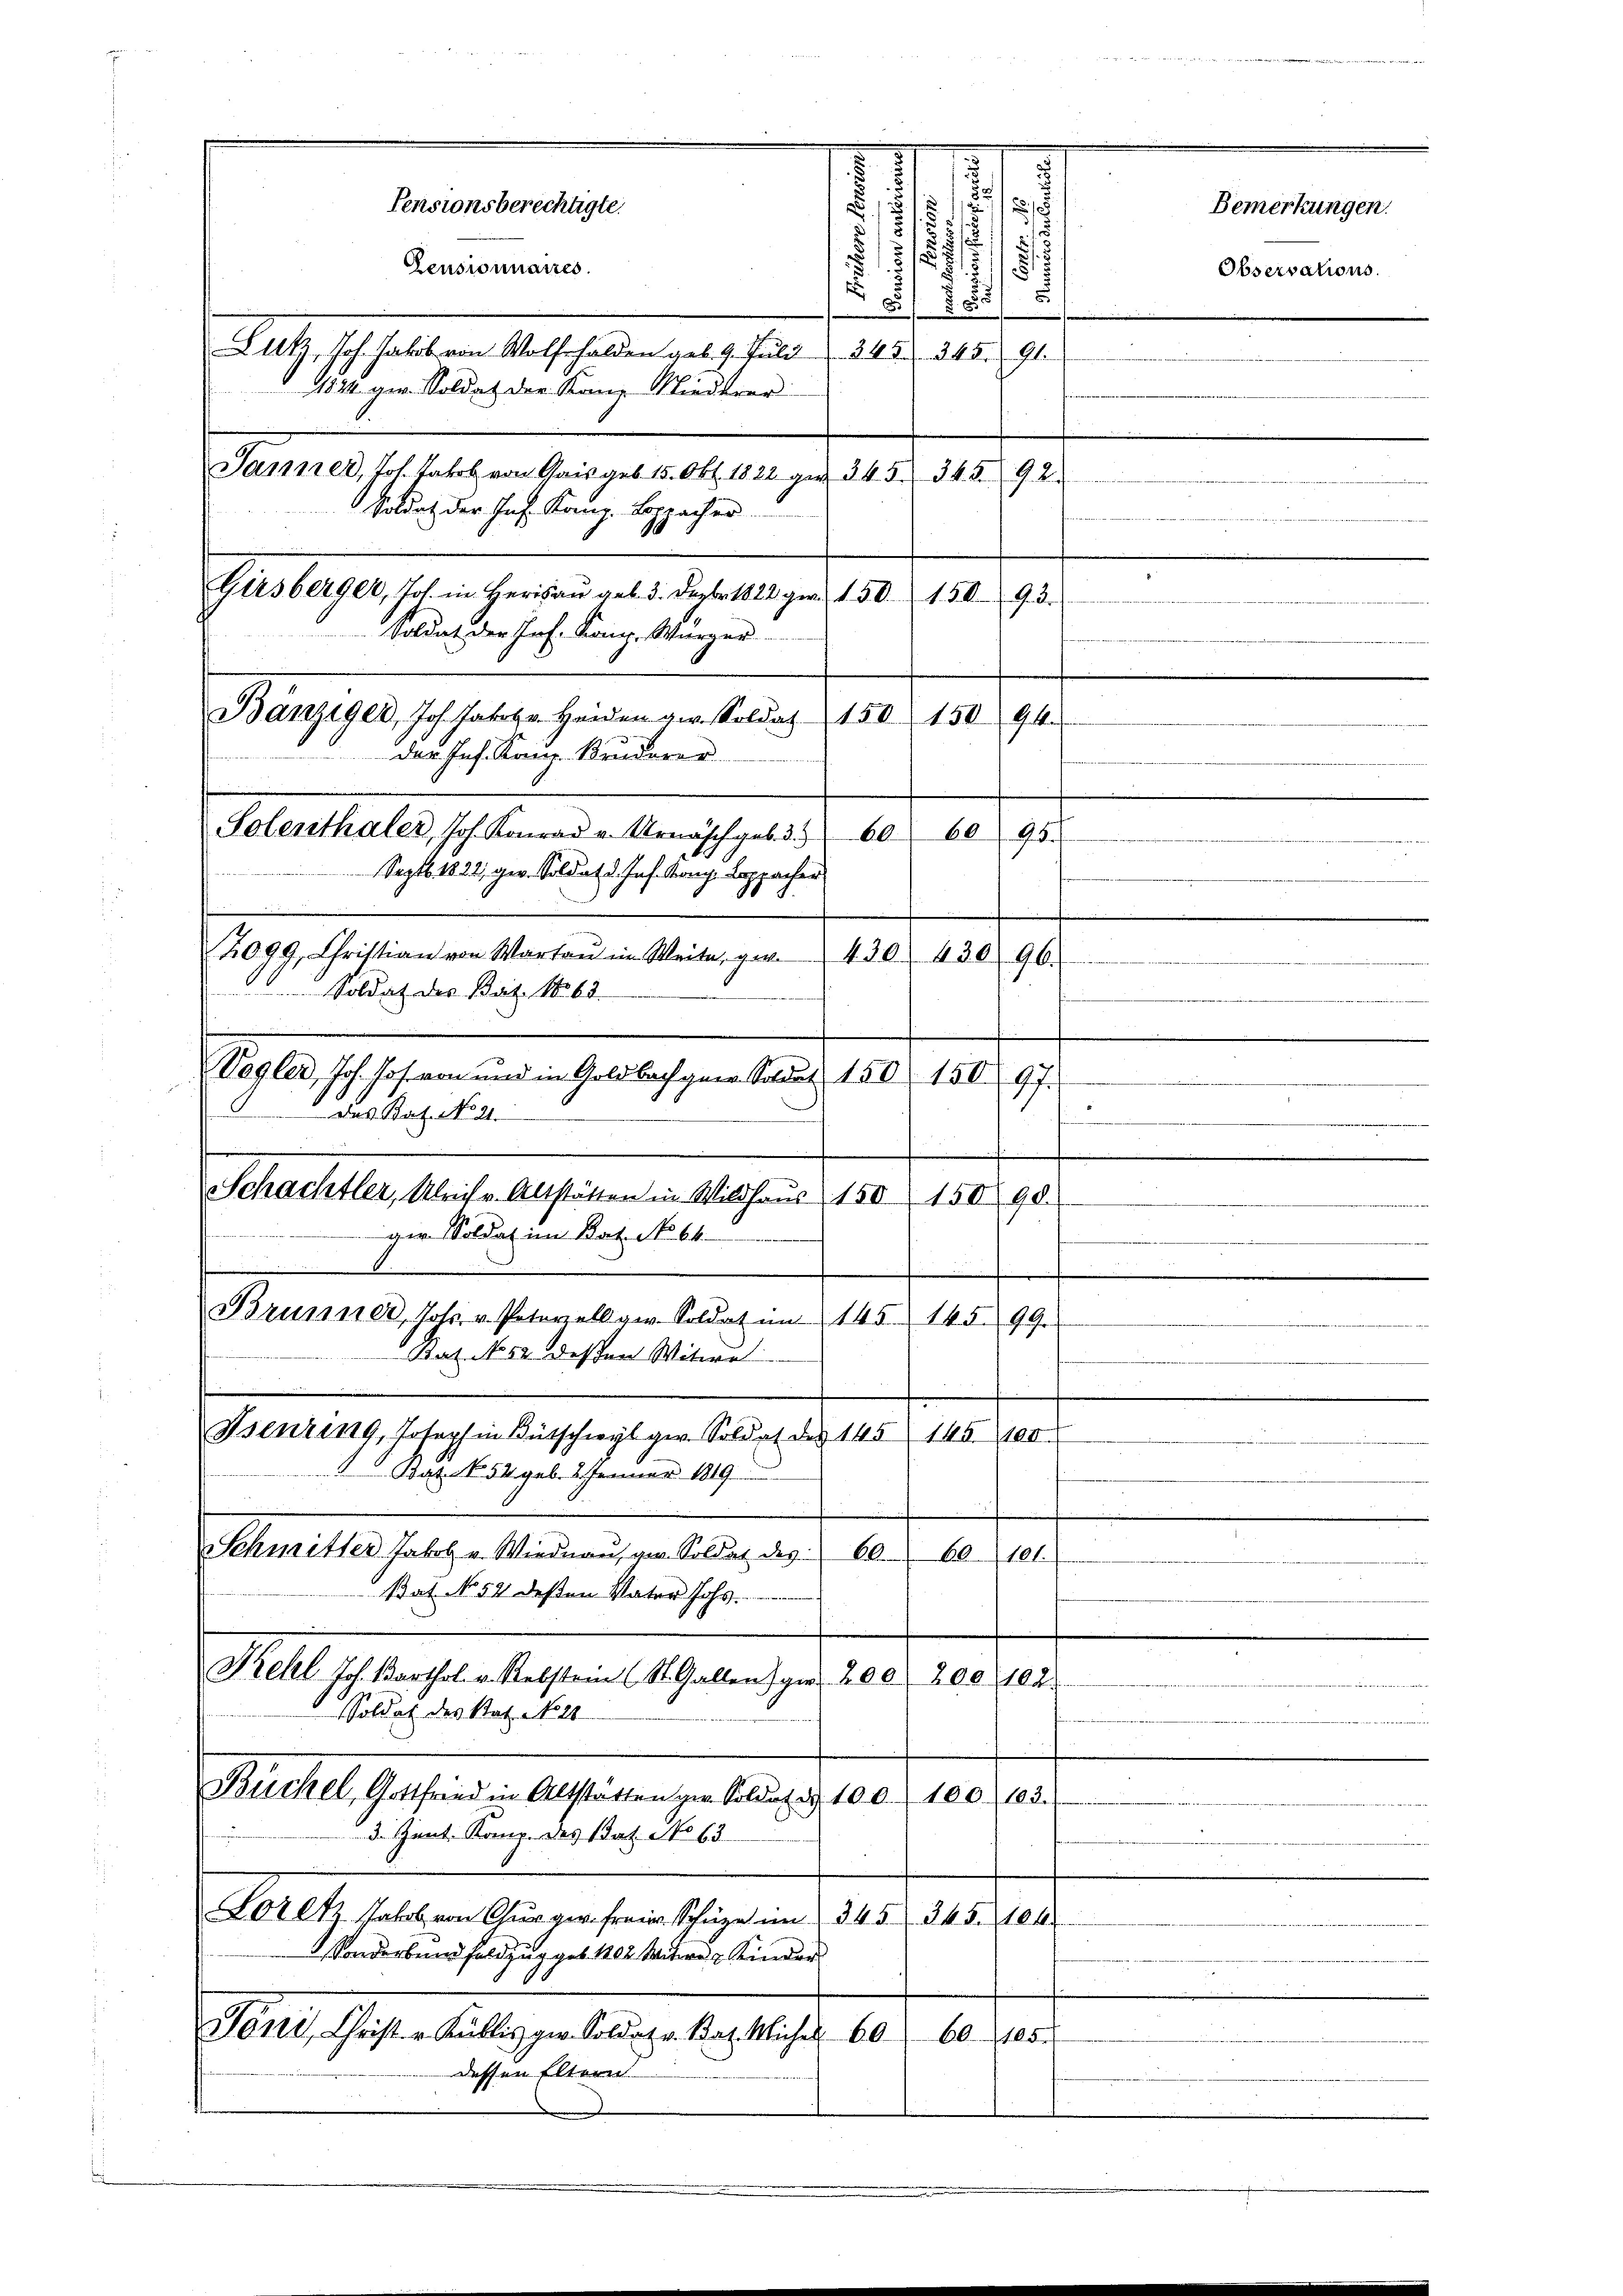
Soldat der Jos. Kong. Würger
Bänziger, Joh. Jahrbr. Heiden ger. Soldat 150 150. 94
der Ins. Kauf. Bruderer
Solenthaler, Joh. Konrad u. Urnasch geb. 3. 6060 95.
Septb. 1822, ger. Soldat d. Jos. Kong. Loppacher

Kehl, Joh. Karthol. v. Rebsten (St. Gallen gern 200. 200 102.
Soldat des Stat. No. 21
Büchel, Gottfried in Altstatten gen Soldat d. 100. 100. 103.
3. Jant. Komp. des Bat. No 63.
Loretz Jahrs von Chur ger freier Schüze im 345 345. 104
Sonderbund feldzug geb. 102 Mitwe Kinder
Töni, Christ u. Kullis gw. Soldat v. Bat. Micher 60
ef
dessen Eltern

I
s
¬
Pensionsberechtigte.
2
.
.
.
7
/18
s
Zensionnaires.
 I 1851
D
Ut Joh. Jakob von Wolfhalden geb. 9. Jŭld 345. 345. 91.
er
1824 ger. Soldat der Kanz Niederer
Samner, Joh. Jahr von Gais geb. 15. Okt. 1822 geg 345. 345. 92.
Soldat der Ins. Kanz. Boppacher
Girsberger, Jos. in Herisau geb. 3. Dezbr. 1822 der 150. 150. 93.
2099, Christian von Wartau im Weite, ge-
430. 430 96.
r
 Soldat des Bat. 1863
Vogler, Joh. Jos. von und in Goldbach gara Soldat 150 150 97.
des Katze ist.
2
.
Schachtler, Ulrichr. Altstätten in Wildhaŭs: 150 150 90.
ger Soldat im Rat. No. 64.
Brunner, Jos. v. Paterall ge. Soldat in 145. 145. 99.
Bert. 1858 dessen Witwe
Psenring, Josephin Bütschwyl ger. Soldat des 145 145. 100
Bat. N. 54 geb. 2. Januar 1819
SSchmitter Jakob u. Wiedenau, von Soldat des 60
60101.
Bat. No 52 deßen Vater Johs.

Bemerkungen.

Observations.